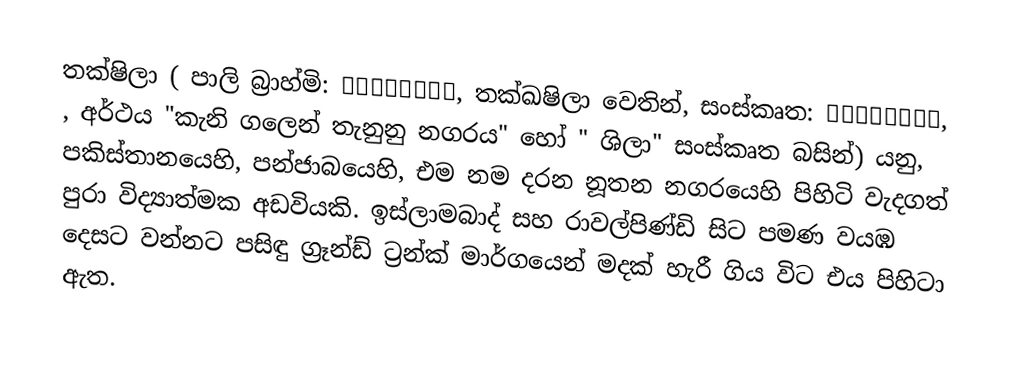
තක්ෂිලා ( පාලි බ්‍රාහ්මි: 𑀢𑀔𑁆𑀔𑀲𑀺𑀮𑀸, තක්ඛෂිලා වෙතින්, සංස්කෘත: तक्षशिला, ,  අර්ථය "කැනි ගලෙන් තැනුනු නගරය" හෝ " ශිලා" සංස්කෘත බසින්) යනු, පකිස්තානයෙහි,  පන්ජාබයෙහි, එම නම දරන නූතන නගරයෙහි පිහිටි වැදගත් පුරා විද්‍යාත්මක අඩවියකි. ඉස්ලාමබාද් සහ රාවල්පිණ්ඩි සිට   පමණ වයඹ දෙසට වන්නට පසිඳු ග්‍රෑන්ඩ් ට්‍රන්ක් මාර්ගයෙන් මදක් හැරී ගිය විට එය පිහිටා ඇත.